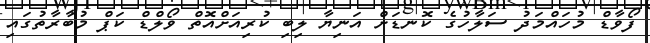
ފޯވާޑް މުހައްމަދު ސަލާހުގެ ކޮނޑަށް އަނިޔާ ލިބި ކުރިއަށްއޮތް ވޯލްޑް ކަޕް މުބާރާތުގައި